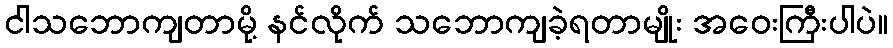
ငါသဘောကျတာမို့ နင်လိုက် သဘောကျခဲ့ရတာမျိုး အဝေးကြီးပါပဲ။